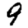
Digit: 9